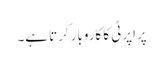
پراپرٹی کا کاروبار کرتا ہے۔